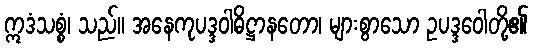
ဣဒံသစ္စံ၊ သည်။ အနေကုပဒ္ဒဝါဓိဋ္ဌာနတော၊ များစွာသော ဥပဒ္ဒဝေါတို့၏